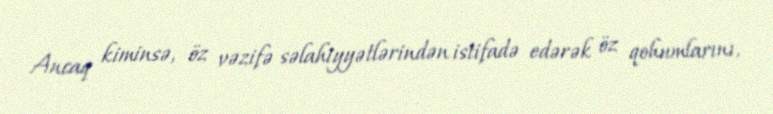
Ancaq kiminsə, öz vəzifə səlahiyyətlərindən istifadə edərək öz qohumlarını,